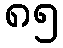
၈၅